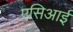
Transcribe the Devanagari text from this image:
एसिआई